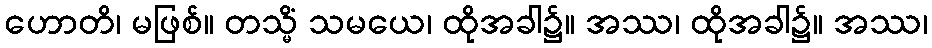
ဟောတိ၊ မဖြစ်။ တသ္မိံ သမယေ၊ ထိုအခါ၌။ အဿ၊ ထိုအခါ၌။ အဿ၊